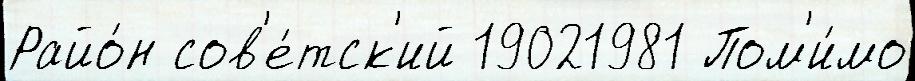
Райо́н сов'е́тск'ий 19021981 Пом'и́мо